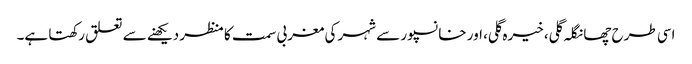
اسی طرح چھانگلہ گلی، خیرہ گلی، اور خانسپور سے شہر کی مغربی سمت کا منظر دیکھنے سے تعلق رکھتا ہے۔